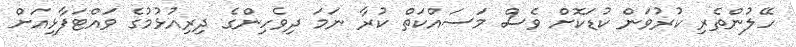
ހޭލުންތެރި ކުރުވަން ކުޑަކޮށް ވެސް މަސައްކަތް ކުރާ ނަމަ ދިވެހިންގެ ދިރިއުޅުމުގެ ވައްޓަފާޅިއަށް